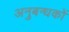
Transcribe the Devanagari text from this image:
अनुबन्धकों